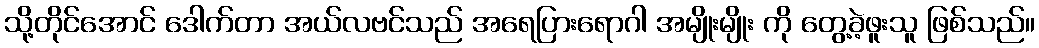
သို့တိုင်အောင် ဒေါက်တာ အယ်လဗင်သည် အရေပြားရောဂါ အမျိုးမျိုး ကို တွေ့ခဲ့ဖူးသူ ဖြစ်သည်။